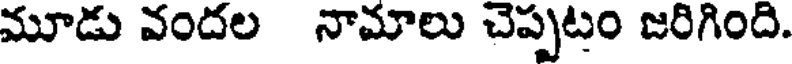
మూడు వందల నామాలు చెప్పటం జరిగింది.